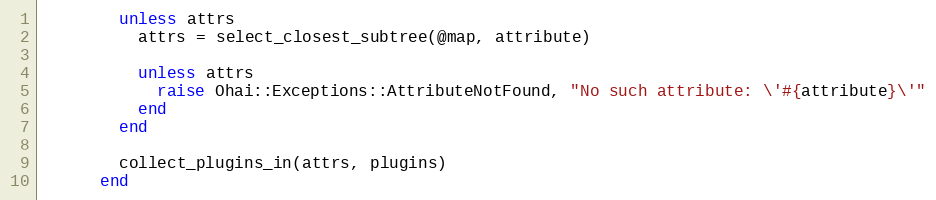
Language: Ruby
        unless attrs
          attrs = select_closest_subtree(@map, attribute)

          unless attrs
            raise Ohai::Exceptions::AttributeNotFound, "No such attribute: \'#{attribute}\'"
          end
        end

        collect_plugins_in(attrs, plugins)
      end